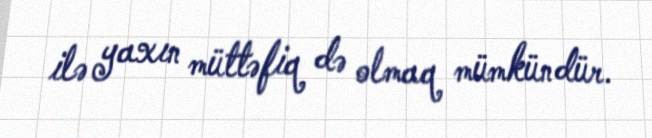
ilə yaxın müttəfiq də olmaq mümkündür.